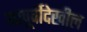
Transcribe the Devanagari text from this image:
यापूर्वीदेखील